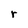
Character: r